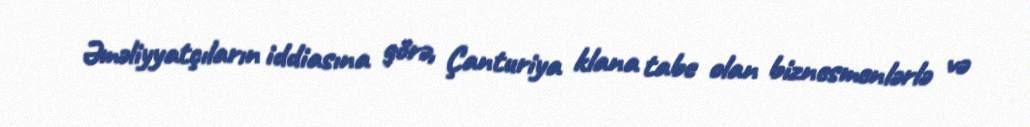
Əməliyyatçıların iddiasına görə, Çanturiya klana tabe olan biznesmenlərlə və